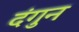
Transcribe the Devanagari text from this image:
दंगुन